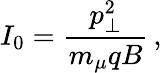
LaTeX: I_{0}=\frac{p_{\perp}^{2}}{m_{\mu}qB}\, ,